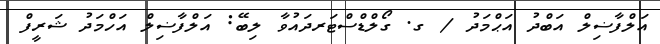
އަލްފާޟިލް އަބްދު އަޙްމަދު / ގ. ގޯލްޑްސްޓަރދައުވާ ލިބޭ: އަލްފާޟިލް އަހްމަދު ޝަރީފް